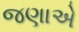
જણાએ